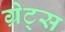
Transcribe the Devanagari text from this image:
ग्रेट्स